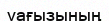
уағызының